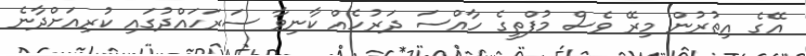
އޭގެ އިތުރުން މިރޭ ވެސް މުފްތީގެ ހާއްސަ ދަރުހެއް ކާނިވާ ސަރަހައްދުގައި ކުރިއަށްދާނެ